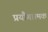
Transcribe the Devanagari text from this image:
प्रयौगात्मक